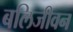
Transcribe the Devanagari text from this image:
बलिजीवन